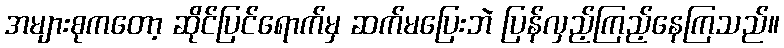
အများစုကတော့ ဆိုင်ပြင်ရောက်မှ ဆက်မပြေးဘဲ ပြန်လှည့်ကြည့်နေကြသည်။